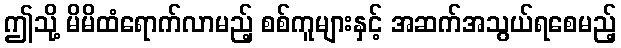
ဤသို့ မိမိထံရောက်လာမည့် စစ်ကူများနှင့် အဆက်အသွယ်ရစေမည့်